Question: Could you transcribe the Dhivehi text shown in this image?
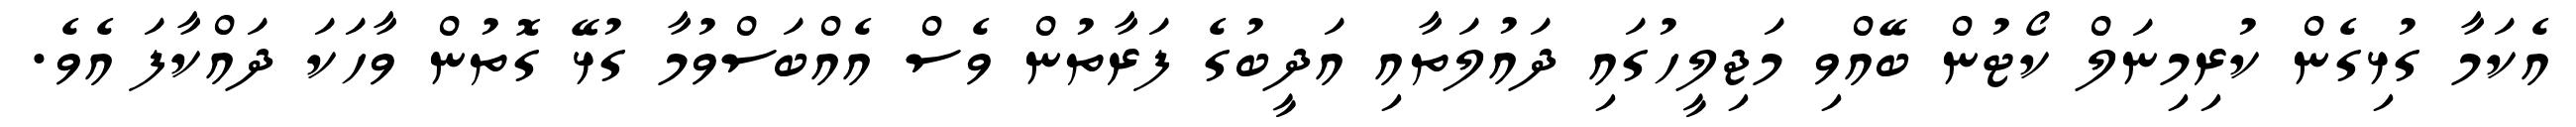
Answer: އެކަމާ ގުޅިގެން ކުރިމިނަލް ކޯޓުން ބޭއްވި މަޖިލީހުގައި ދައުލަތާއި އަދީބުގެ ފަރާތުން ވެސް އެއްބަސްވުމާ ގުޅޭ ގޮތުން ވާހަކަ ދައްކާފަ އެވެ.